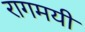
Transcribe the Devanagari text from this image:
रागमयी